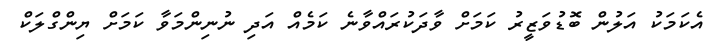
އެކަމަކު އަލުން ބޮޑުވަޒީރު ކަމަށް ވާދަކުރައްވާނެ ކަމެއް އަދި ނުނިންމަވާ ކަމަށް ޔިންގްލަކް